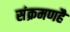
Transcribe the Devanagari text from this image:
संक्रमणहै